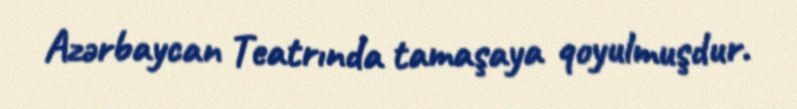
Azərbaycan Teatrında tamaşaya qoyulmuşdur.